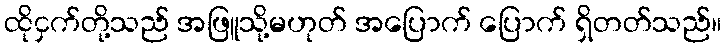
ထိုငှက်တို့သည် အဖြူသို့မဟုတ် အပြောက် ပြောက် ရှိတတ်သည်။